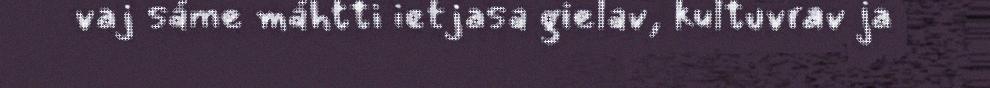
vaj sáme máhtti ietjasa gielav, kultuvrav ja